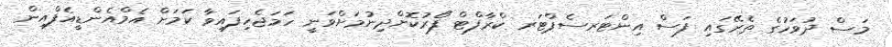
މަސް ދުވަހުގެ ތެރޭގައި ފަސް އިންޓަރސެޕްޓަރ ކްރާފްޓް ފޯރުކޮށްދިނުމަށްވަނީ ހަމަޖެހިފައިވާ ކަމަށް އެމްއެންޑީއެފްއިން